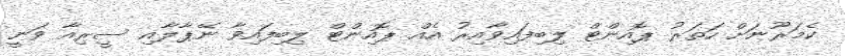
ކެމަރޫނަށް ހަތަރު ޕޮއިންޓް ލިބިފައިވާއިރު އެއް ޕޮއިންޓް ލިބިފައިވާ ނޭޕާލާއި ސީރިއާ ވަނީ